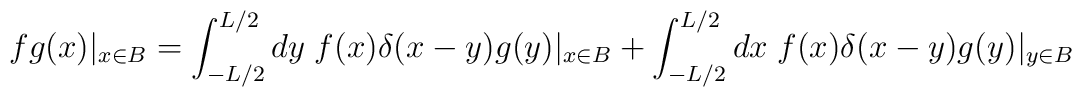
fg(x)|_{x\in B}=\int_{-L/2}^{L/2}dy\;f(x)\delta(x-y)g(y)|_{x\in B}+\int_{-L/2}^{L/2}dx \;f(x)\delta(x-y)g(y)|_{y\in B}